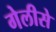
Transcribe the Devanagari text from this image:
गेलीसे